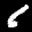
Label: 6